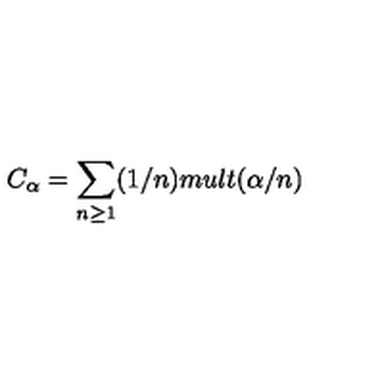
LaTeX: C _ { \alpha } = \sum _ { n \geq 1 } ( 1 / n ) m u l t ( \alpha / n )